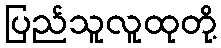
ပြည်သူလူထုတို့